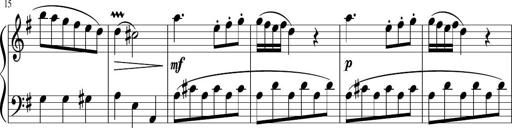
Title: 12 Keyboard Sonatinas
Composer: James Hook